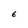
Character: E